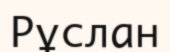
Рұслан